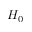
H _ { 0 }